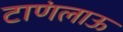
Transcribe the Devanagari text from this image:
टाणंलाऊ